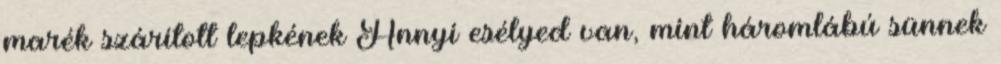
marék szárított lepkének Annyi esélyed van, mint háromlábú sünnek